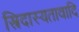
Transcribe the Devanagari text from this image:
स्त्रिदास्यतावादि